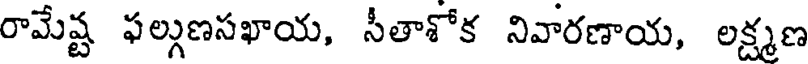
రామేష్ట ఫల్గుణసఖాయ, సీతాశోక నివారణాయ, లక్ష్మణ